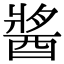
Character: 𨡓